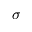
\sigma